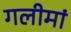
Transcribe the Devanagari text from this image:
गलीमां